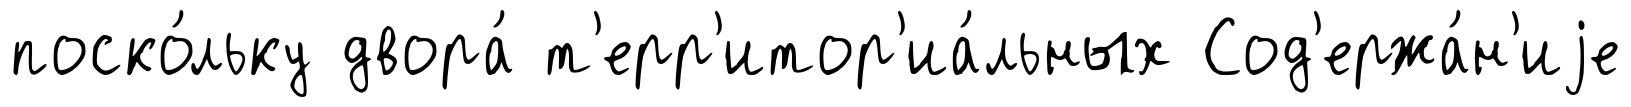
поско́льку двора́ т'ерр'итор'иа́льных Сод'ержа́н'иjе